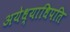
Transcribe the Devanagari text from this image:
अयेध्याधिपति